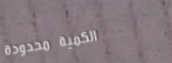
الكمية محدودة